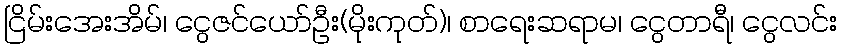
ငြိမ်းအေးအိမ်၊ ငွေဇင်ယော်ဦး(မိုးကုတ်)၊ စာရေးဆရာမ၊ ငွေတာရီ၊ ငွေလင်း